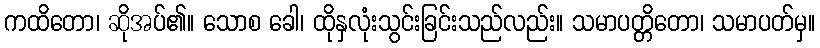
ကထိတော၊ ဆိုအပ်၏။ သောစ ခေါ၊ ထိုနှလုံးသွင်းခြင်းသည်လည်း။ သမာပတ္တိတော၊ သမာပတ်မှ။